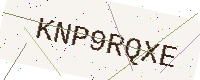
Text: KNP9RQXE